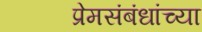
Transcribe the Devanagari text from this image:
प्रेमसंबंधांच्या